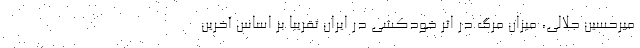
میرحسین جلالی، میزان مرگ در اثر خودکشی در ایران تقریباً بر اساس آخرین